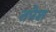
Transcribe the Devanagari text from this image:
तपेश